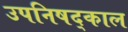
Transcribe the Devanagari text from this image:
उपनिषद्काल